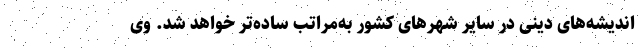
اندیشه‌های دینی در سایر شهرهای کشور به‌مراتب ساده‌تر خواهد شد. وی